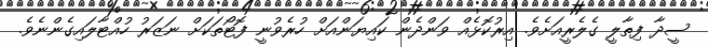
ސީދާ ފިތާލީ ގެލެރީއަށެވެ. އިރުކޮޅެއް ވަންދެން ކައިޔަންއަށް ހުރެވުނީ ފޮޓޯތަކަށް ނަޒަރު ހުއްޓާލައިގެންނެވެ.